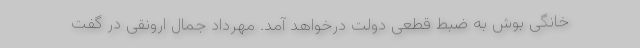
خانگی بوش به ضبط قطعی دولت درخواهد آمد. مهرداد جمال ارونقی در گفت